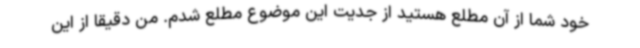
خود شما از آن مطلع هستید از جدیت این موضوع مطلع شدم. من دقیقا از این